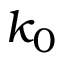
k _ { 0 }